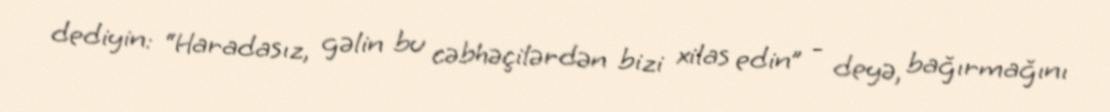
dediyin: “Haradasız, gəlin bu cəbhəçilərdən bizi xilas edin” - deyə, bağırmağını